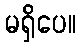
မရှိပေ။